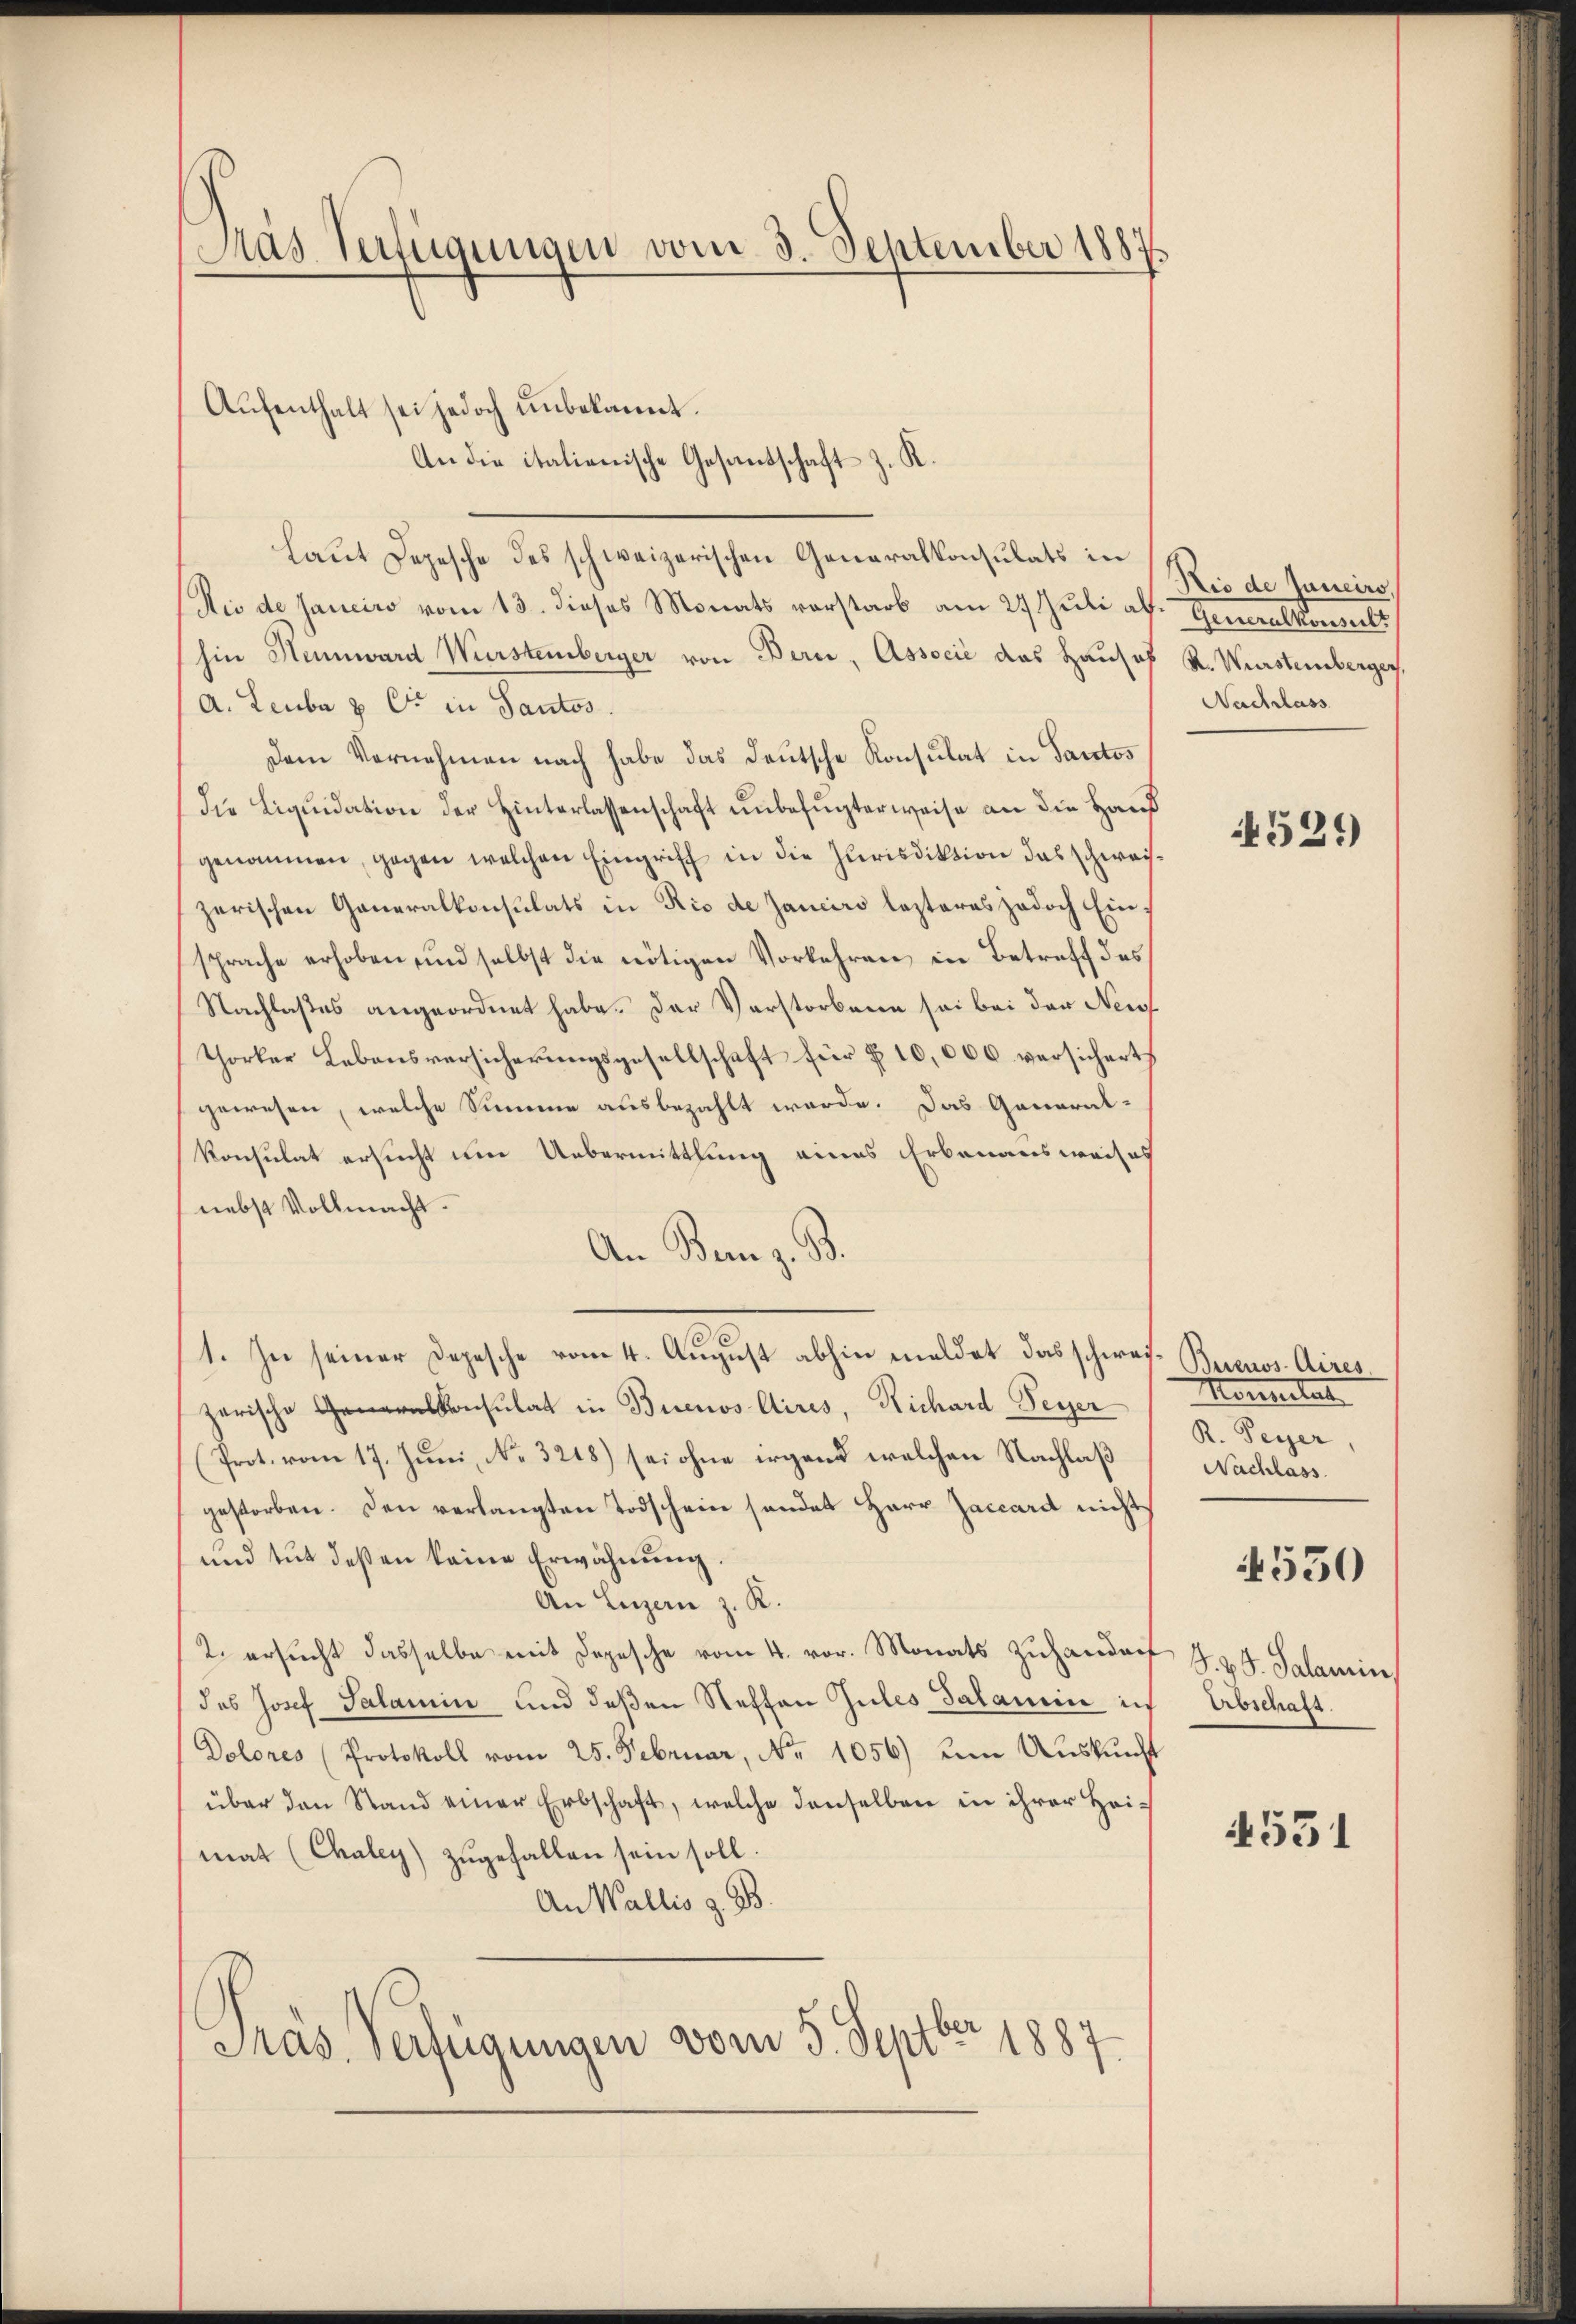
Das Verfügungen vom 3. September 1887.

Aŭfenthalt sei jedoch unbekannt.

Laut Depesche des schweizerischen Generalkonsulats in
Rio de sanciro vom 13. dieses Monats vorstarb am 24 Juli ab. Generalkonsult
hin Hennward Wurstemberger von Bern, Associć das Hauses K. Würstemberger,
a. Leuba & Cie in Sautos.
Dem Vernehmen nach habe das Deutsche Konsulat in Sanctos
Die Liquidation der Hinterlassenschaft unbefugterweise an die Haus
genommen, gegen welchen Eingriff in die Jurisdiktion das schwachzerischen Generalkonsulats in Rio de Janeiro lezteres jedoch Einsprache erhoben und selbst die nötigen Vorkehren in Betreff des
Nachlaßes angeordnet habe. Der Verstorbene sei bei der Neig
Thorker Lebensversicherungsgesellschaft für § 10,000 versichert
gewesen, welche Summe ausbezahlt werde. Das General-
Konsulat ersucht um Uebermittlung eines Erbauensweises
nebst Vollmacht.
An Bern z. B.
.
1. In seiner Depesche vom 4. August abhin meldet das schwei- Beronos Aires.
zerische Geralkonsulat in Buenos Aires, Richard Feyer
(Prot. vom 17. Juni, No. 3218) sei ohne irgend welchen Nachlaß
gestorben. Den verlangten Todschein sendet Herr Jaccard nicht
und tut deßen keine Erwähnung.
An Luzern z. R.
2. ersŭcht dasselbe mit Depesche vom 4. vor. Monats zŭhander J. G. Salamin
das Josef Salamin und deßen Steffan Gutes Salamin in
Dolores (Protokoll vom 25. Februar, No 1056) um Auskunft
über den Stand einer Erbschaft, welche denselben in ihrer Heimat (Chaley) zugefallen sein soll.
An Wallis z. B.
Präs. Verfügungen vom 5. Septbr 1887.

An die italienische Gesandschaft z. K.

Rio de Janeiro,
Nachlass

531)

Mantertat
R. Peyer,
Nachlass.

550

Erbschaft

4531